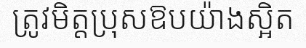
ត្រូវមិត្តប្រុសឱបយ៉ាងស្អិត